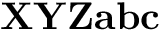
\mathbf { X Y Z a b c }